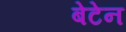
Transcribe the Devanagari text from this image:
बेटेन